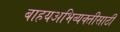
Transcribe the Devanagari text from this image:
बाहयअभिव्यक्‍तीसाठी